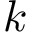
k